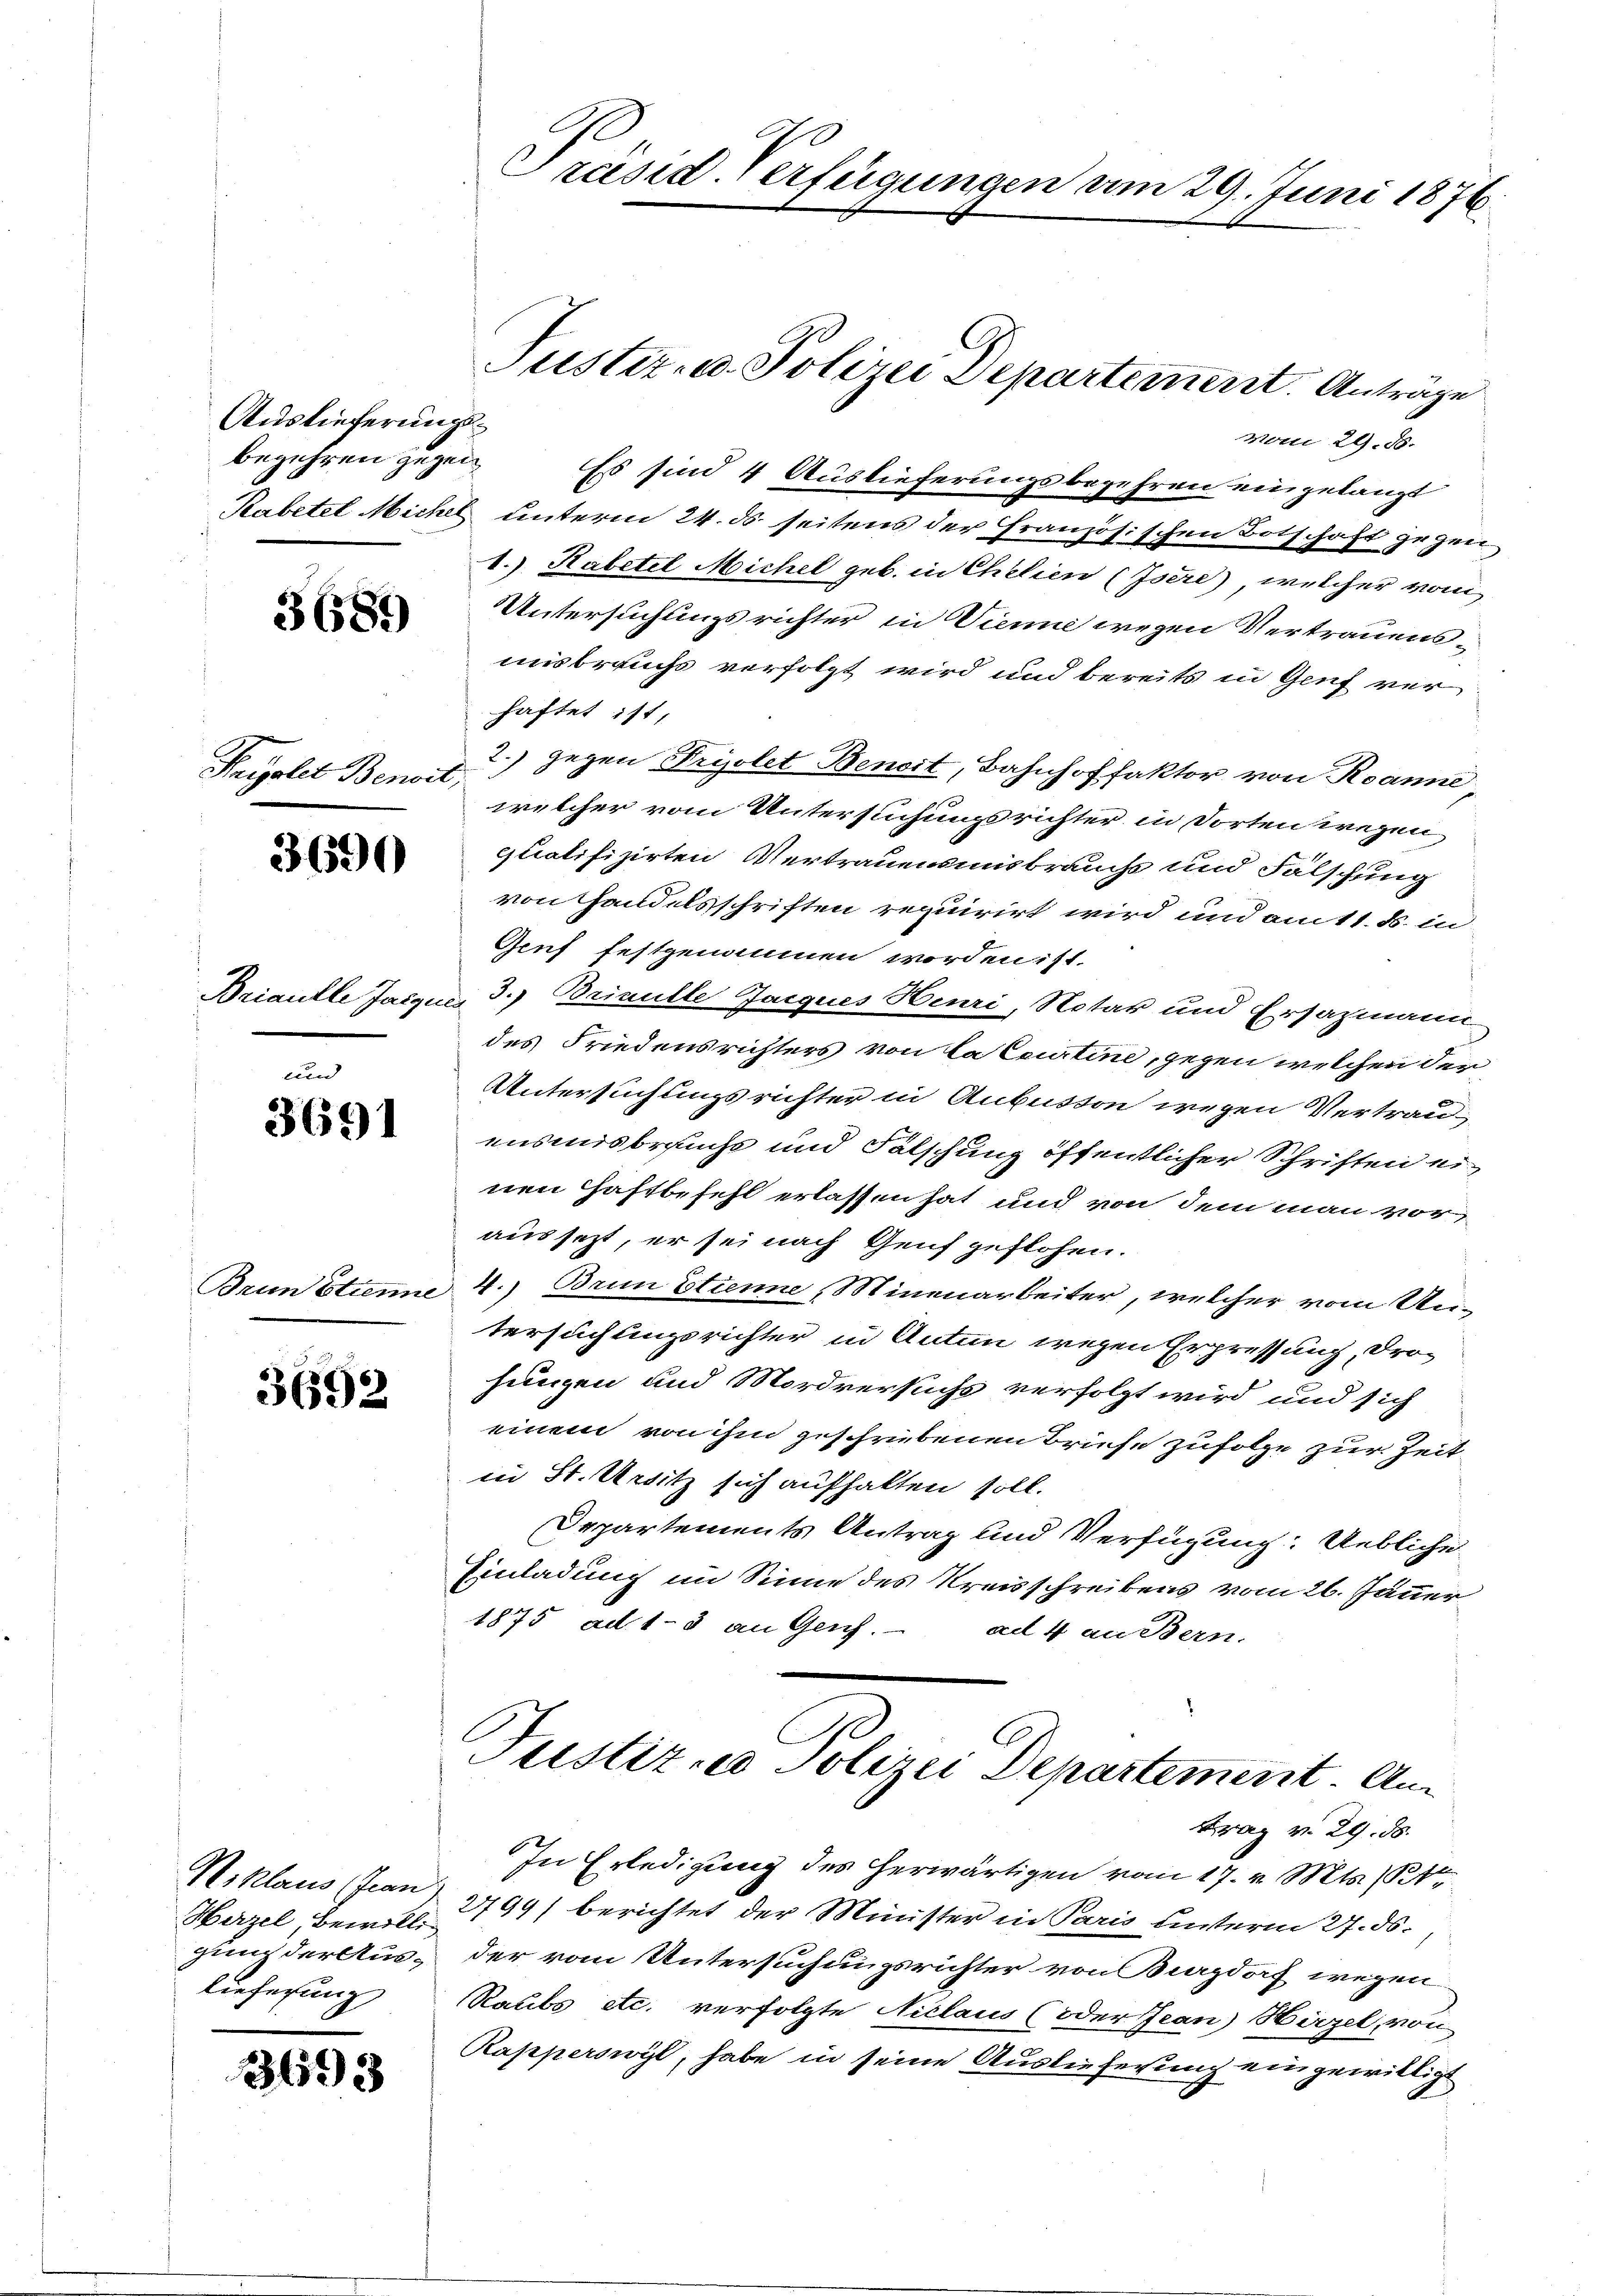
Auslieferungsbegehren gegen

3681)

Priolet Benoit,

3690

3691

Brunstrenne

3692

Niklaus (Fran
Hirzel, Bewillig
gung der Auslieferung

3693

Präsid. Verfügungen am 29. Juni 1876.

vom 29. ds.
Es sind 4 Auslieferungsbegehren eingelangt
Rabetel Michel unterm 24. ds. seitens der Französischen Botschaft gegen
1.) Habetel Michel geb. in Chilien (Isere), welcher von
Untersuchungsrichter in Vienne wegen Vertrauensmisbrauchs verfolgt wird und bereits in Genf ver
haftet ist,
2.) gegen Fryolet Benoit, Bahnhoffaktor von Roanne,
welcher vom Untersuchungsrichter in dorten wegen
qualifizirten Vertrauensmisbrauchs und Fälschung
von Handelsschriften requirirt wird und am 11. d. in
Gruf festgenommen worden ist.
Briaulle Jacque, 3.) Brinulle Jacques Henri, Notar und Ersazmann
des Friedensrichters von la Ccurtine, gegen welchen der
Untersuchungsrichter in Anbusson wegen Vertrau
ensmisbrauchs und Fälschung öffentlicher Schriften ei
nen Haftbefehl erlassen hat und von dem man voraussezt, er sei nach Genf geflohen.
4.) Brun Etienne, Minenarbeiter, welcher vom Untersuchungsrichter in Anton wegen Erpressung, Drohungen und Mordversuchs verfolgt wird und sich
einem von ihm geschriebenen Briefe zufolge zur Zeitin St. Unsitz sich aufhalten soll.
Departements Antrag und Verfügung: Uebliche
Einladung im Sinne des Kreisschreibens vom 26. Jänner
1875 ad 1-3 an Genf. ad 4 an Bern.
Justiz- u Polizei Departement. An
Fraz v. 29. ds.
In Erledigung des herwärtigen vom 17. v. Mts. 14te
2799/ berichtet der Minister in Paris hinterm 27. ds.,
der vom Untersuchungsrichter von Burgdorf wegen
Raubs etc. verfolgte Niclaus (oder Jean) Hirzel, von
Rapperswyl, habe in seine Auslieferung eingewilligt

Justiz- u. Polizei Departement. Anträge